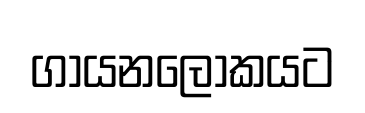
ගායනලෝකයට